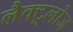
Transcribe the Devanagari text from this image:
लैक्टूलोज